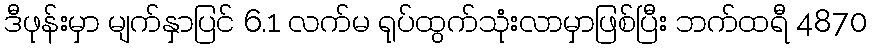
ဒီဖုန်းမှာ မျက်နှာပြင် 6.1 လက်မ ရုပ်ထွက်သုံးလာမှာဖြစ်ပြီး ဘက်ထရီ 4870